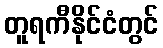
တူရကီနိုင်ငံတွင်